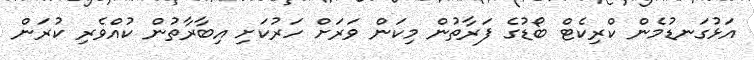
އަޅުގަނޑުމެން ކްރިކެޓް ބޯޑުގެ ފަރާތުން މިކަން ވަރަށް ހަރުކަށި އިބާރާތުން ކުއްވެރި ކުރަން